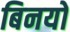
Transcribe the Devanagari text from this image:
बिनयों